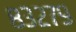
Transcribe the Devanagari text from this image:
८३२७९